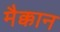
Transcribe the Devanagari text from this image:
मैक्कान